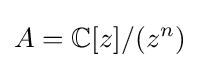
A=\mathbb {C} [z]/(z^{n})